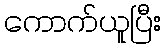
ကောက်ယူပြီး